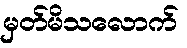
မှတ်မိသလောက်